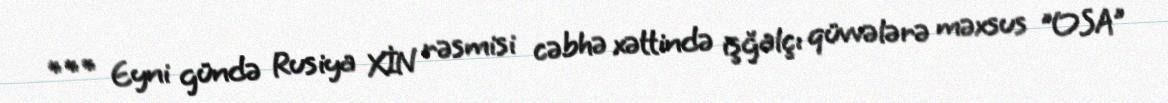
*** Eyni gündə Rusiya XİN rəsmisi cəbhə xəttində işğalçı qüvvələrə məxsus "OSA"